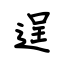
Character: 逞